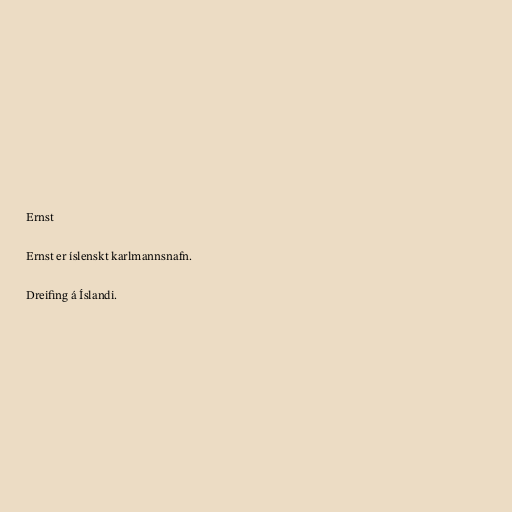
Ernst

Ernst er íslenskt karlmannsnafn.

Dreifing á Íslandi.